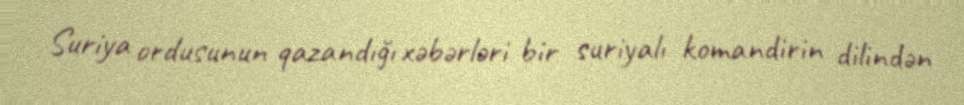
Suriya ordusunun qazandığı xəbərləri bir suriyalı komandirin dilindən